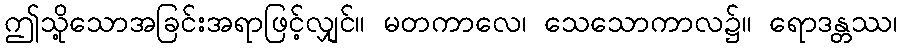
ဤသို့သောအခြင်းအရာဖြင့်လျှင်။ မတကာလေ၊ သေသောကာလ၌။ ရောဒန္တဿ၊